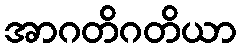
အာဂတိဂတိယာ